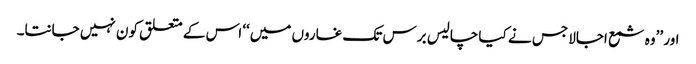
اور ’’وہ شمع اجالا جس نے کیا چالیس برس تک غاروں میں‘‘ اس کے متعلق کون نہیں جانتا۔